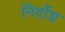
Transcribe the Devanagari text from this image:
निर्दोश